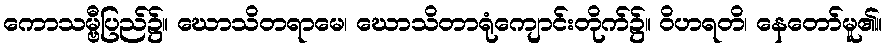
ကောသမ္ဗီပြည်၌။ ဃောသိတရာမေ၊ ဃောသိတာရုံကျောင်းတိုက်၌။ ဝိဟရတိ၊ နေတော်မူ၏။